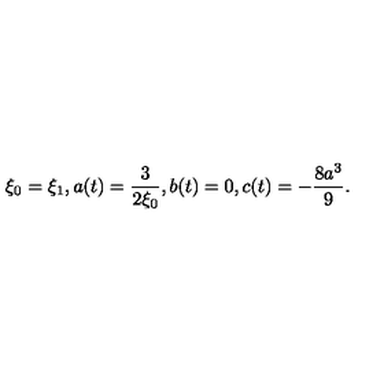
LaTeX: \xi _ { 0 } = \xi _ { 1 } , a ( t ) = \frac { 3 } { 2 \xi _ { 0 } } , b ( t ) = 0 , c ( t ) = - \frac { 8 a ^ { 3 } } { 9 } .